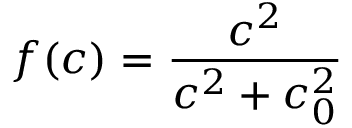
f ( c ) = \frac { c ^ { 2 } } { c ^ { 2 } + c _ { 0 } ^ { 2 } }